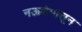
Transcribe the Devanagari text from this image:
नऊशेपासून